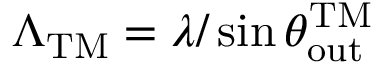
\Lambda _ { \mathrm { T M } } = \lambda / \sin \theta _ { \mathrm { o u t } } ^ { \mathrm { T M } }